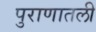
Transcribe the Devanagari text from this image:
पुराणातली